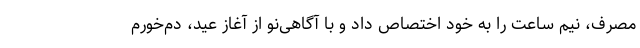
مصرف، نیم ساعت را به خود اختصاص داد و با آگاهی‌نو از آغاز عید، دم‌خورم